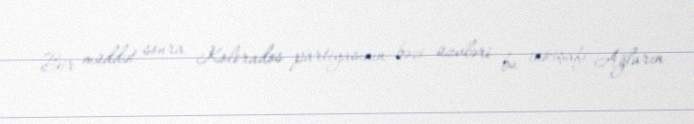
Bir müddət sonra Kolorados partiyasının bəzi üzvləri bu inkişafı Ağların